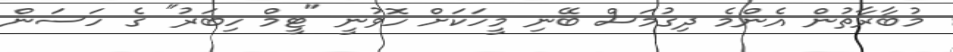
މުބާރާތުން އެންމެ ދިގުމަސް ބޭނި މީހަކަށް ހޮވުނީ "ޓީމް ހިބަރު" ގެ ހަސަން